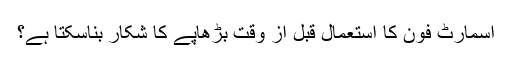
اسمارٹ فون کا استعمال قبل از وقت بڑھاپے کا شکار بناسکتا ہے؟